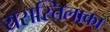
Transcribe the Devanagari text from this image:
यसस्तिलाका